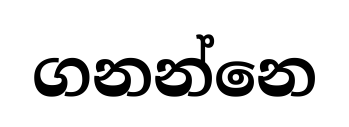
ගනන්නෙ